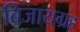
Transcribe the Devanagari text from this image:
बिजायग्रह